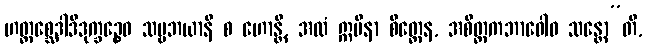
ဟတ္ထစ္ဆေဒါဒိဒုက္ခဉ္စေဝ သဗ္ဗဘယာနိ စ ဟောန္တိ, အလံ ဣမိနာ စိတ္တေန, အစိတ္တကဘာဝေါဝ သန္တော”တိ,